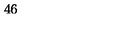
4 6